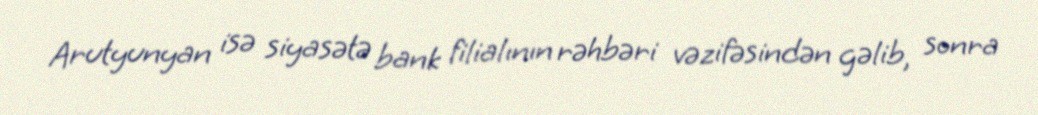
Arutyunyan isə siyasətə bank filialının rəhbəri vəzifəsindən gəlib, sonra